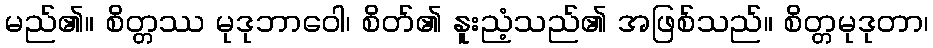
မည်၏။ စိတ္တဿ မုဒုဘာဝေါ၊ စိတ်၏ နူးညံ့သည်၏ အဖြစ်သည်။ စိတ္တမုဒုတာ၊